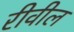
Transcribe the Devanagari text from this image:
रीवील